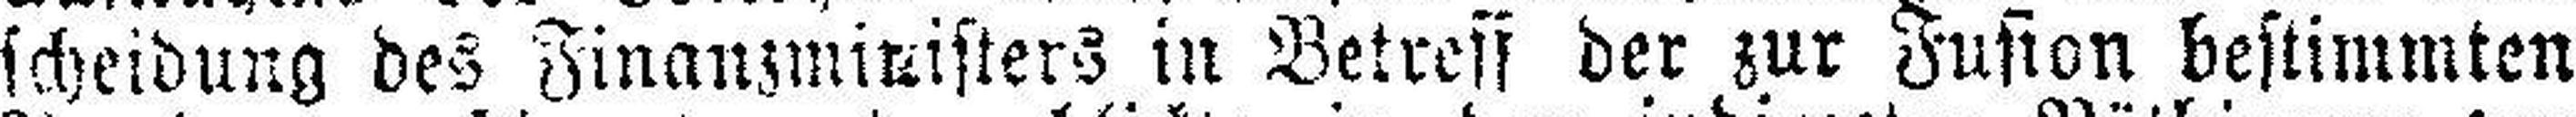
scheidung des Finanzministers in Betreff der zur Fusion bestimmten